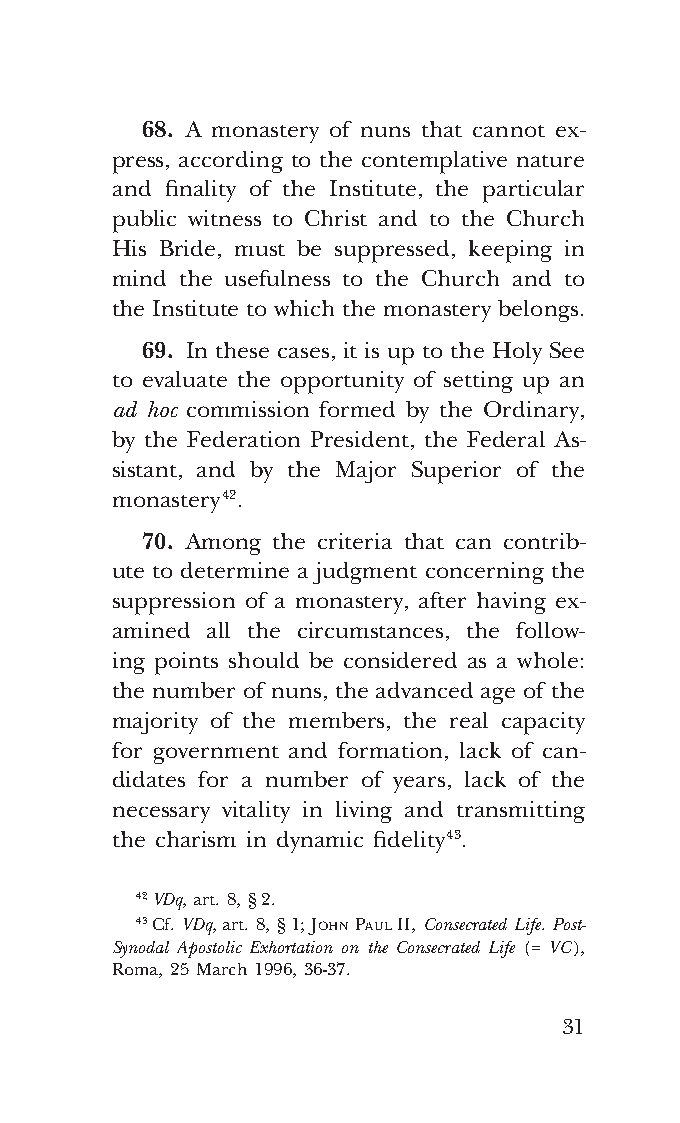
COR ORANS – NUOVO FORMATO – INGLESE 2ª BOZZA – 24 maggio 2018 – 11:12
 68. A monastery of nuns that cannot ex-
 press, according to the contemplative nature
 and finality of the Institute, the particular
 public witness to Christ and to the Church
 His Bride, must be suppressed, keeping in
 mind the usefulness to the Church and to
 the Institute to which the monastery belongs.
 69. In these cases, it is up to the Holy See
 to evaluate the opportunity of setting up an
 ad hoc commission formed by the Ordinary,
 by the Federation President, the Federal As-
 sistant, and by the Major Superior of the
 monastery 42.
 70. Among the criteria that can contrib-
 ute to determine a judgment concerning the
 suppression of a monastery, after having ex-
 amined all the circumstances, the follow-
 ing points should be considered as a whole:
 the number of nuns, the advanced age of the
 majority of the members, the real capacity
 for government and formation, lack of can-
 didates for a number of years, lack of the
 necessary vitality in living and transmitting
 the charism in dynamic fidelity 43.
 42 VDq, art. 8, § 2.
 43 Cf. VDq, art. 8, § 1; John paul II, Consecrated Life. Post-
 Synodal Apostolic Exhortation on the Consecrated Life (= VC ),
 Roma, 25 March 1996, 36-37.
 31